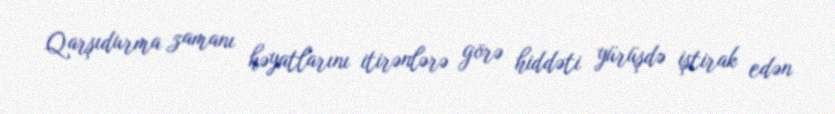
Qarşıdurma zamanı həyatlarını itirənlərə görə hiddəti yürüşdə iştirak edən